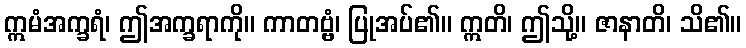
ဣမံအက္ခရံ၊ ဤအက္ခရာကို။ ကာတဗ္ဗံ၊ ပြုအပ်၏။ ဣတိ၊ ဤသို့။ ဇာနာတိ၊ သိ၏။